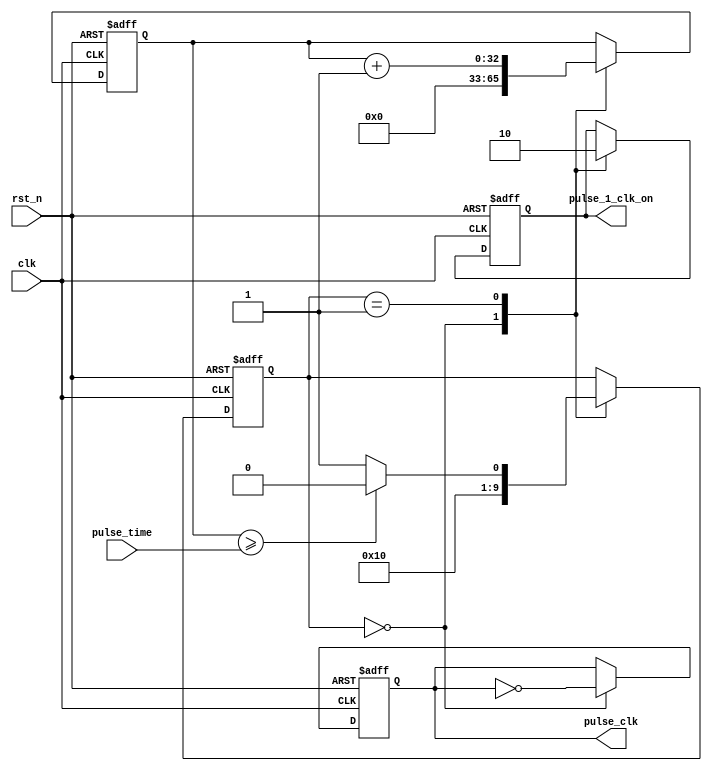
/*

This software/hardware design was originally created by Peter Jamieson
jamiespa@muohio.edu  http://www.users.muohio.edu/jamiespa/

Permission is hereby granted, free of charge, to any person
obtaining a copy of this software and associated documentation
files (the "Software"), to deal in the Software without
restriction, including without limitation the rights to use,
copy, modify, merge, publish, distribute, sublicense, and/or sell
copies of the Software, and to permit persons to whom the
Software is furnished to do so, subject to the following
conditions:

The above copyright notice and this permission notice shall be
included in all copies or substantial portions of the Software.

THE SOFTWARE IS PROVIDED "AS IS", WITHOUT WARRANTY OF ANY KIND,
EXPRESS OR IMPLIED, INCLUDING BUT NOT LIMITED TO THE WARRANTIES
OF MERCHANTABILITY, FITNESS FOR A PARTICULAR PURPOSE AND
NONINFRINGEMENT. IN NO EVENT SHALL THE AUTHORS OR COPYRIGHT
HOLDERS BE LIABLE FOR ANY CLAIM, DAMAGES OR OTHER LIABILITY,
WHETHER IN AN ACTION OF CONTRACT, TORT OR OTHERWISE, ARISING
FROM, OUT OF OR IN CONNECTION WITH THE SOFTWARE OR THE USE OR
OTHER DEALINGS IN THE SOFTWARE.

*/ 
module pulse_timer(clk, rst_n, pulse_clk, pulse_1_clk_on, pulse_time);
input clk, rst_n; 
output reg pulse_clk; 
output reg pulse_1_clk_on; 
input [31:0]pulse_time;

reg [4:0]pulse_state;
reg pulse_fast;
parameter PULSE_DONE = 26'd2000000;
parameter 	
		PCOUNTDOWN		=	5'd1,
		PRESET_TIMER		=	5'd0;

reg [32:0]pulse_timer; // spots for 50MHz ticks

always @ (posedge clk or negedge rst_n) 
begin
	if (rst_n == 1'b0) 
	begin
		pulse_timer <= 32'd0;
		pulse_state <= PRESET_TIMER;
		pulse_clk <= 1'b1;
		pulse_1_clk_on <= 1'b0;
	end
	else 
	begin
		case (pulse_state)
			PRESET_TIMER:
			begin
				pulse_state <= PCOUNTDOWN; 
				pulse_timer <= 32'd0;
				pulse_clk <= ~pulse_clk;
				pulse_1_clk_on <= 1'b1;
			end
			PCOUNTDOWN:
			begin
				pulse_state <= (pulse_timer >= pulse_time) ? PRESET_TIMER : PCOUNTDOWN; 
				pulse_timer <= pulse_timer + 1'b1;
				pulse_1_clk_on <= 1'b0;
			end
		endcase
	end
end

endmodule